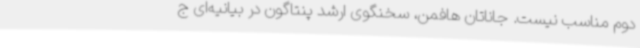
دوم مناسب نیست. جاناتان هافمن، سخنگوی ارشد پنتاگون در بیانیه‌ای ج